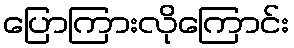
ပြောကြားလိုကြောင်း